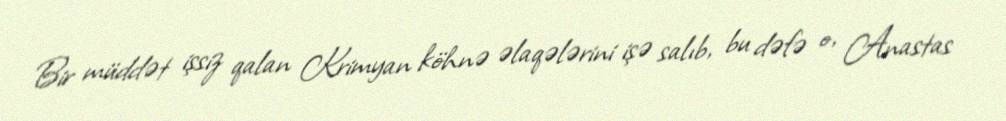
Bir müddət işsiz qalan Krimyan köhnə əlaqələrini işə salıb, bu dəfə o, Anastas